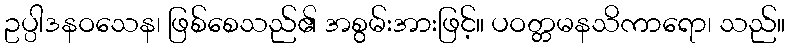
ဥပ္ပါဒနဝသေန၊ ဖြစ်စေသည်၏ အစွမ်းအားဖြင့်။ ပဝတ္တမနသိကာရော၊ သည်။